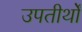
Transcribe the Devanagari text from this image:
उपतीर्थों